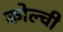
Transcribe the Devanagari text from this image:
कोल्ची